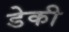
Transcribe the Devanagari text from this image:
डेकी